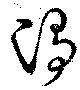
淨